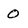
Character: 0